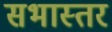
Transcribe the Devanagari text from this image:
सभास्तर